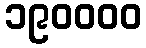
၁၉၀၀၀၀